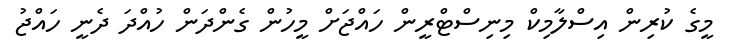
މީގެ ކުރިން އިސްލާމިކް މިނިސްޓްރީން ހައްޖަށް މީހުން ގެންދަން ހުއްދަ ދެނީ ހައްޖު